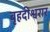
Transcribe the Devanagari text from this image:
बृहदीश्वरार